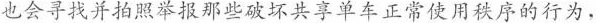
也会寻找并拍照举报那些破坏共单车正常使用秩序的行为，